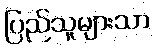
ပြည်သူများသာ